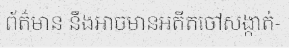
ព័ត៌មាន នឹងអាចមានអតីតចៅសង្កាត់-